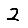
Digit: 2